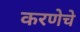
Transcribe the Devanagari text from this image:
करणेचे